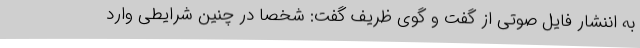
به اننشار فایل صوتی از گفت و گوی ظریف گفت: شخصا در چنین شرایطی وارد